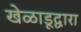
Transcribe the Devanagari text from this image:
खेळाडूद्वारा